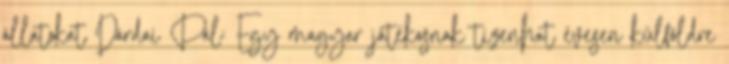
állatokat Dárdai Pál: Egy magyar játékosnak tizenhat évesen külföldre